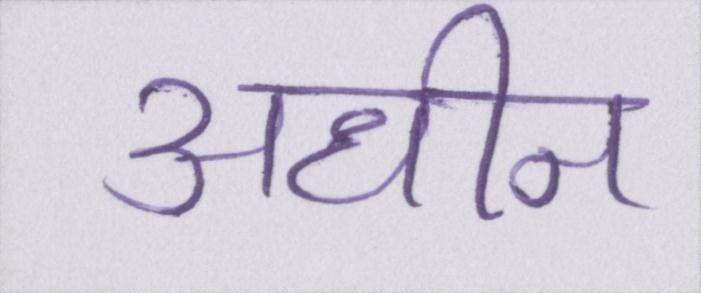
अधीन